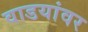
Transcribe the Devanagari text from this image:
वाडयांवर